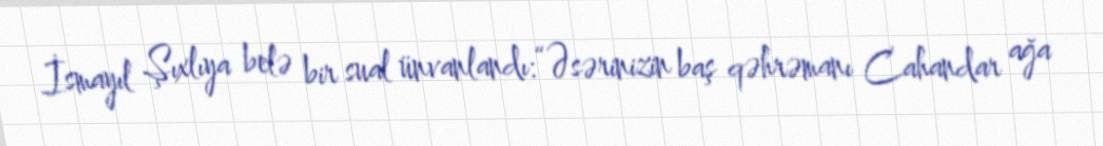
İsmayıl Şıxlıya belə bir sual ünvanlandı:“Əsərinizin baş qəhrəmanı Cahandar ağa